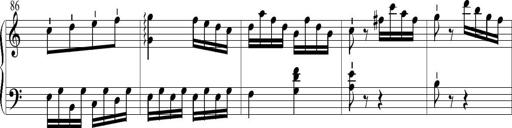
Title: 6 Leichte Sonatinen, Teil 1
Composer: F. Sigismund Sander